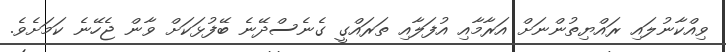
ވިއްކާނުލައި ރައްޔިތުންނަށް އަރާމާއި އުފަލާއި ތަރައްގީ ގެނެސްދޭނެ ބޭފުޅަކަށް ވާން ޖެހޭނެ ކަމަށެވެ.